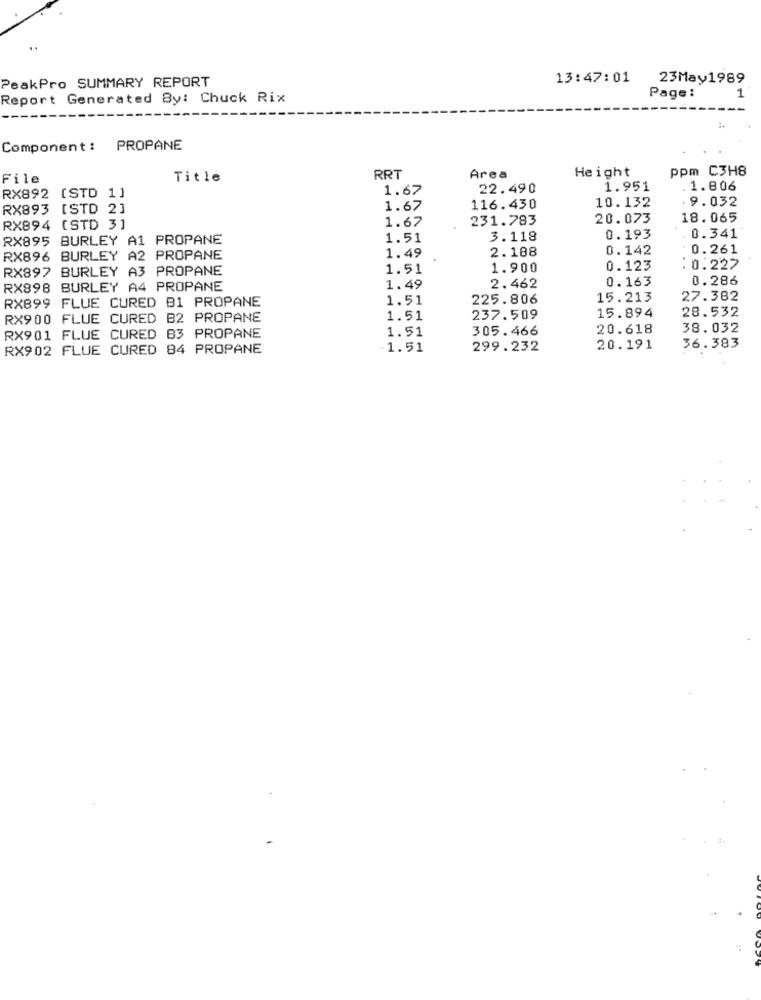
..
PeakPro SUMMARY REPORT
13:47:01
23May1989
Report Generated By: Chuck Rix
Page :
1
Component :
PROPANE
Height
ppm C3H8
File
Title
RRT
Area
1.67
22.490
1.951
. 1.806
RX892 (STD 1]
10.132
.9.032
RX893 [STD 2]
1.67
116.430
1.67
231.783
20.073
18.065
RX894 (STD 3]
RX895 BURLEY A1 PROPANE
1.51
3.118
0.193
0.341
2.188
0.142
0.261
RX896 BURLEY A2 PROPANE
1.49
RX897 BURLEY A3 PROPANE
1.51
1.900
0.123
:0.227
0.163
0.286
RX898 BURLEY A4 PROPANE
1.49
2.462
RX899 FLUE CURED B1 PROPANE
1.51
225.806
15.213
27.382
15.894
28.532
RX900 FLUE CURED B2 PROPANE
1.51
237.509
1.51
305.466
20.618
38.032
RX901 FLUE CURED B3 PROPANE
RX902 FLUE CURED 84 PROPANE
1.51
299.232
20.191
36.383